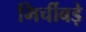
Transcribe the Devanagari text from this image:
मिर्चीबड़े